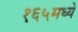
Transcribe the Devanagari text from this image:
१६५मध्ये